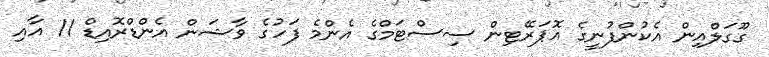
ގޫގަލްއިން އެކުންފުނީގެ އޮޕަރޭޓިން ސިސްޓަމްގެ އެންމެ ފަހުގެ ވާޝަން އެންޑްރޮއިޑް 11 އާއި